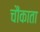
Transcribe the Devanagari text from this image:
चौंकाता